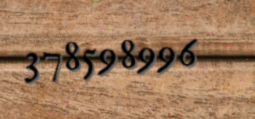
378598996